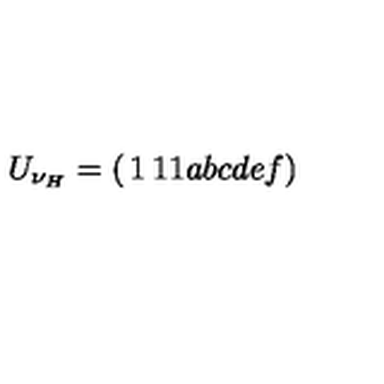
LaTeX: U _ { \nu _ { H } } = \left( \begin{matrix} { 1 } & { 1 } & { 1 } \\ { a } & { b } & { c } \\ { d } & { e } & { f } \\ \end{matrix} \right)